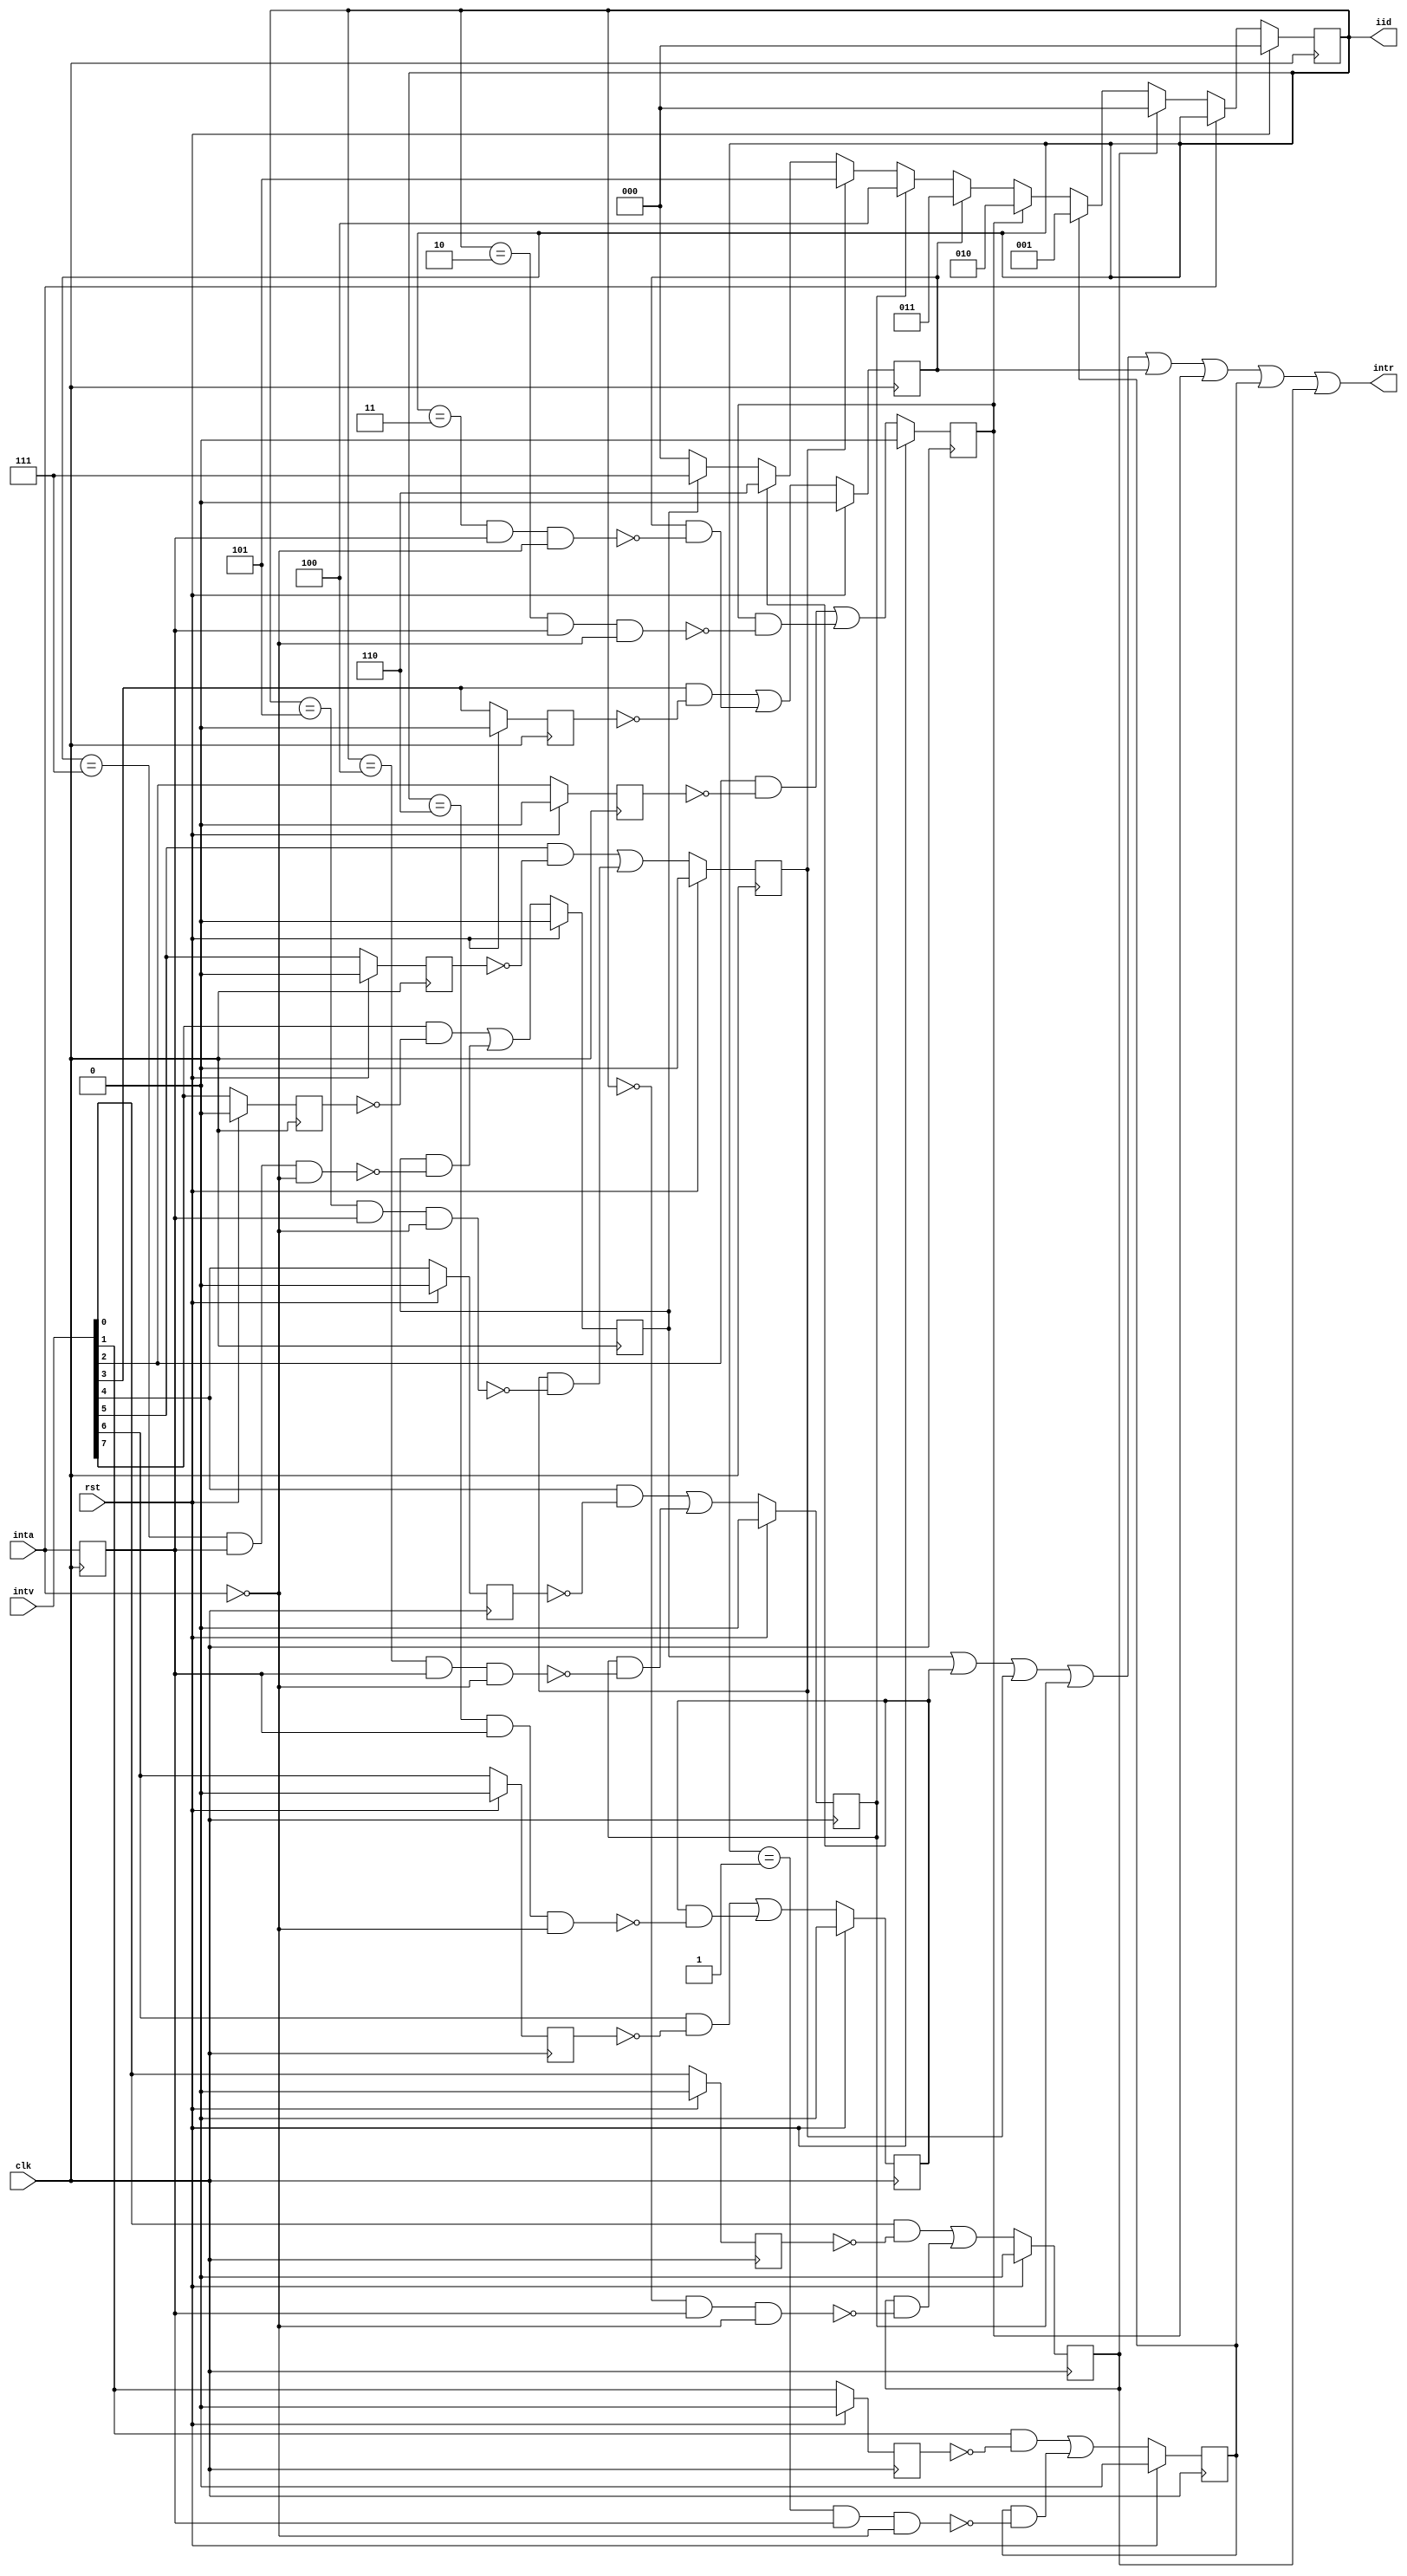
module simple_pic (
    input             clk,
    input             rst,
    input       [7:0] intv,
    input             inta,
    output            intr,
    output reg  [2:0] iid
  );
  reg       inta_r;
  reg [7:0] irr;
  reg [7:0] int_r;
  assign intr = irr[7] | irr[6] | irr[5] | irr[4] | irr[3] | irr[2] | irr[1] | irr[0];
  always @(posedge clk) inta_r <= inta;  
  always @(posedge clk) int_r[0] <= rst ? 1'b0 : intv[0];		
  always @(posedge clk) int_r[1] <= rst ? 1'b0 : intv[1];		
  always @(posedge clk) int_r[2] <= rst ? 1'b0 : intv[2];		
  always @(posedge clk) int_r[3] <= rst ? 1'b0 : intv[3];		
  always @(posedge clk) int_r[4] <= rst ? 1'b0 : intv[4];		
  always @(posedge clk) int_r[5] <= rst ? 1'b0 : intv[5];		
  always @(posedge clk) int_r[6] <= rst ? 1'b0 : intv[6];		
  always @(posedge clk) int_r[7] <= rst ? 1'b0 : intv[7];		
  always @(posedge clk) irr[0] <= rst ? 1'b0 : ((intv[0] && !int_r[0]) | irr[0] & !(iid == 3'd0 && inta_r && !inta));
  always @(posedge clk) irr[1] <= rst ? 1'b0 : ((intv[1] && !int_r[1]) | irr[1] & !(iid == 3'd1 && inta_r && !inta));
  always @(posedge clk) irr[2] <= rst ? 1'b0 : ((intv[2] && !int_r[2]) | irr[2] & !(iid == 3'd2 && inta_r && !inta));
  always @(posedge clk) irr[3] <= rst ? 1'b0 : ((intv[3] && !int_r[3]) | irr[3] & !(iid == 3'd3 && inta_r && !inta));
  always @(posedge clk) irr[4] <= rst ? 1'b0 : ((intv[4] && !int_r[4]) | irr[4] & !(iid == 3'd4 && inta_r && !inta));
  always @(posedge clk) irr[5] <= rst ? 1'b0 : ((intv[5] && !int_r[5]) | irr[5] & !(iid == 3'd5 && inta_r && !inta));
  always @(posedge clk) irr[6] <= rst ? 1'b0 : ((intv[6] && !int_r[6]) | irr[6] & !(iid == 3'd6 && inta_r && !inta));
  always @(posedge clk) irr[7] <= rst ? 1'b0 : ((intv[7] && !int_r[7]) | irr[7] & !(iid == 3'd7 && inta_r && !inta));
  always @(posedge clk)                      
    iid <= rst ? 3'b0 : (inta ? iid :
                        (irr[0] ? 3'b000 :
                        (irr[1] ? 3'b001 :
                        (irr[2] ? 3'b010 :
                        (irr[3] ? 3'b011 :
                        (irr[4] ? 3'b100 : 
                        (irr[5] ? 3'b101 : 
                        (irr[6] ? 3'b110 : 
                        (irr[7] ? 3'b111 : 
                                  3'b000 )))))))));
endmodule